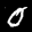
Label: 0